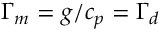
\Gamma _ { m } = g / c _ { p } = \Gamma _ { d }